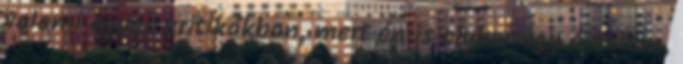
valami egyes kritikákban, mert én is olykor úgy éreztem,